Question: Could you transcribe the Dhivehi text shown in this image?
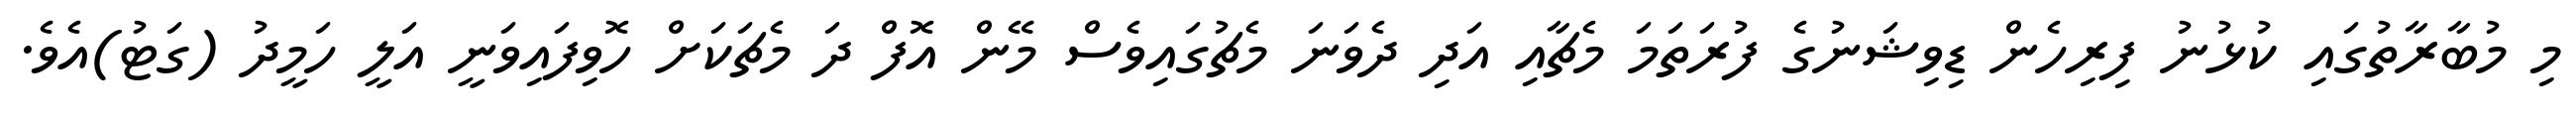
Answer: މި މުބާރާތުގައި ކުޅުނު ފިރިހެން ޑިވިޝަނުގެ ފުރަތަމަ މެޗާއި އަދި ދެވަނަ މެޗުގައިވެސް މޭން އޮފް ދަ މެޗަކަށް ހޮވިފައިވަނީ އަލީ ހަމީދު (ގަޓު)އެވެ.